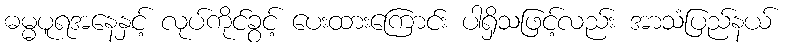
ဓမ္မပူရအနေနှင့် လုပ်ကိုင်ခွင့် ပေးထားကြောင်း ပါရှိသဖြင့်လည်း အာသံပြည်နယ်